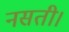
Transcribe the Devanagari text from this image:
नसती।